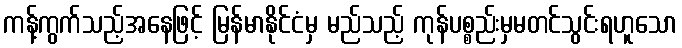
ကန့်ကွက်သည့်အနေဖြင့် မြန်မာနိုင်ငံမှ မည်သည့် ကုန်ပစ္စည်းမှမတင်သွင်းရဟူသော